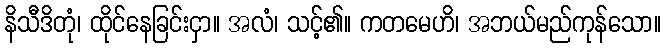
နိသီဒိတုံ၊ ထိုင်နေခြင်းငှာ။ အလံ၊ သင့်၏။ ကတမေဟိ၊ အဘယ်မည်ကုန်သော။